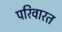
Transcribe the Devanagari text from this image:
परिवारत